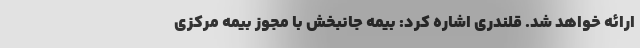
ارائه خواهد شد. قلندری اشاره کرد: بیمه‌ جانبخش با مجوز بیمه مرکزی